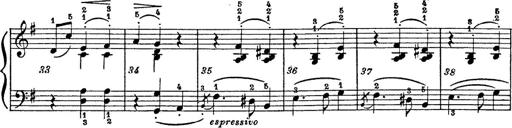
Title: 6 Polish Songs
Composer: Franz Liszt